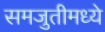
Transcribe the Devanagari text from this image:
समजुतीमध्ये